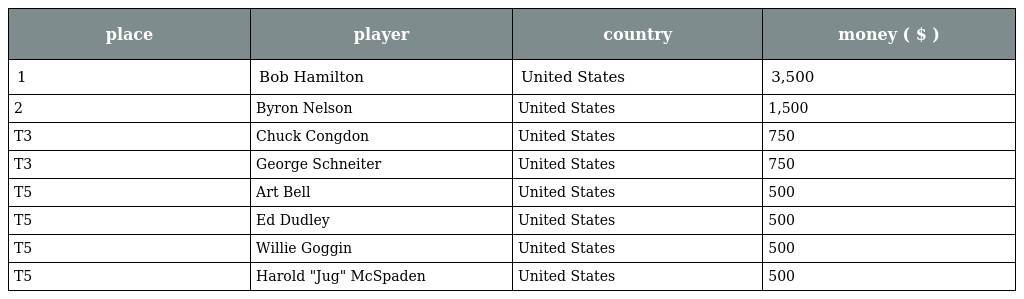
| place | player | country | money ( $ ) |
 | --- | --- | --- | --- |
 | 1 | Bob Hamilton | United States | 3,500 |
 | 2 | Byron Nelson | United States | 1,500 |
 | T3 | Chuck Congdon | United States | 750 |
 | T3 | George Schneiter | United States | 750 |
 | T5 | Art Bell | United States | 500 |
 | T5 | Ed Dudley | United States | 500 |
 | T5 | Willie Goggin | United States | 500 |
 | T5 | Harold "Jug" McSpaden | United States | 500 |